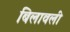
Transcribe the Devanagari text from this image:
बिलावली